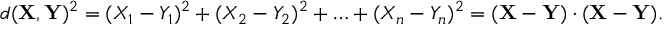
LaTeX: d ( \mathbf { X } , \mathbf { Y } ) ^ { 2 } = ( X _ { 1 } - Y _ { 1 } ) ^ { 2 } + ( X _ { 2 } - Y _ { 2 } ) ^ { 2 } + \ldots + ( X _ { n } - Y _ { n } ) ^ { 2 } = ( \mathbf { X } - \mathbf { Y } ) \cdot ( \mathbf { X } - \mathbf { Y } ) .